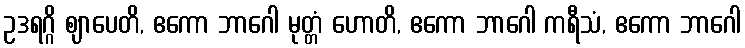
ဥဒရဂ္ဂိ ဈာပေတိ, ဧကော ဘာဂေါ မုတ္တံ ဟောတိ, ဧကော ဘာဂေါ ကရီသံ, ဧကော ဘာဂေါ